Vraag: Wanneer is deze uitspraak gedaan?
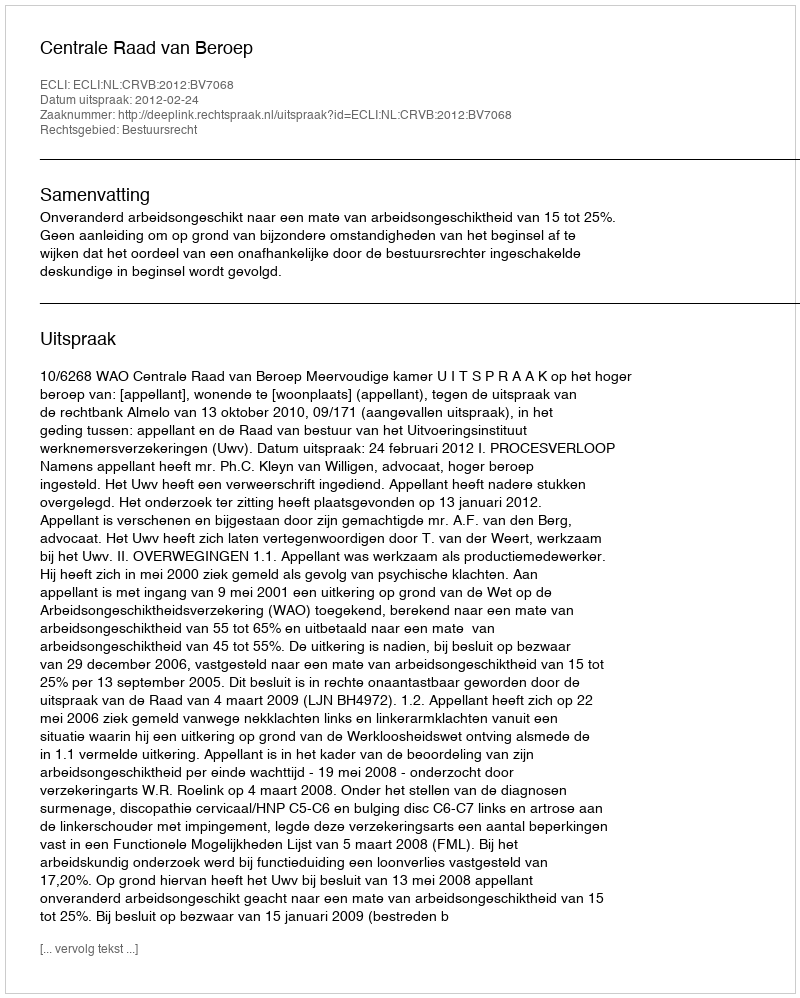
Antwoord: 2012-02-24